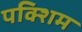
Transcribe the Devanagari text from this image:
पक्शिम